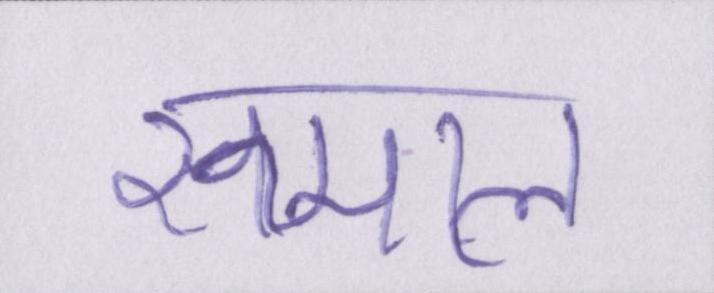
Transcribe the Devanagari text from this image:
रुमाल